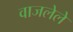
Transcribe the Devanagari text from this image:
वाजलेले